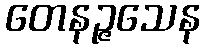
တေနဉ္ဇသေန